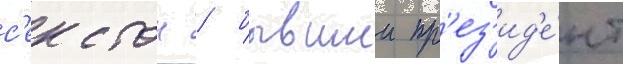
с'екстон / бывшии пр'ез'ид'е́нт